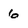
Character: 6